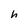
Character: h